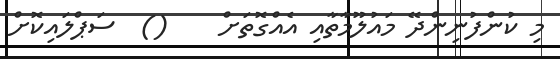
މި ކުންފުނިންދޭ މައުލޫމާތާއި އެއްގޮތަށް    ()  ސަޕްލައިކޮށް